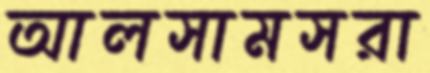
আলসামসরা